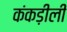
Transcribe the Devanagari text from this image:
कंकड़ीली